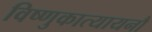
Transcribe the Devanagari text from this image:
विष्णुकात्यायनौ